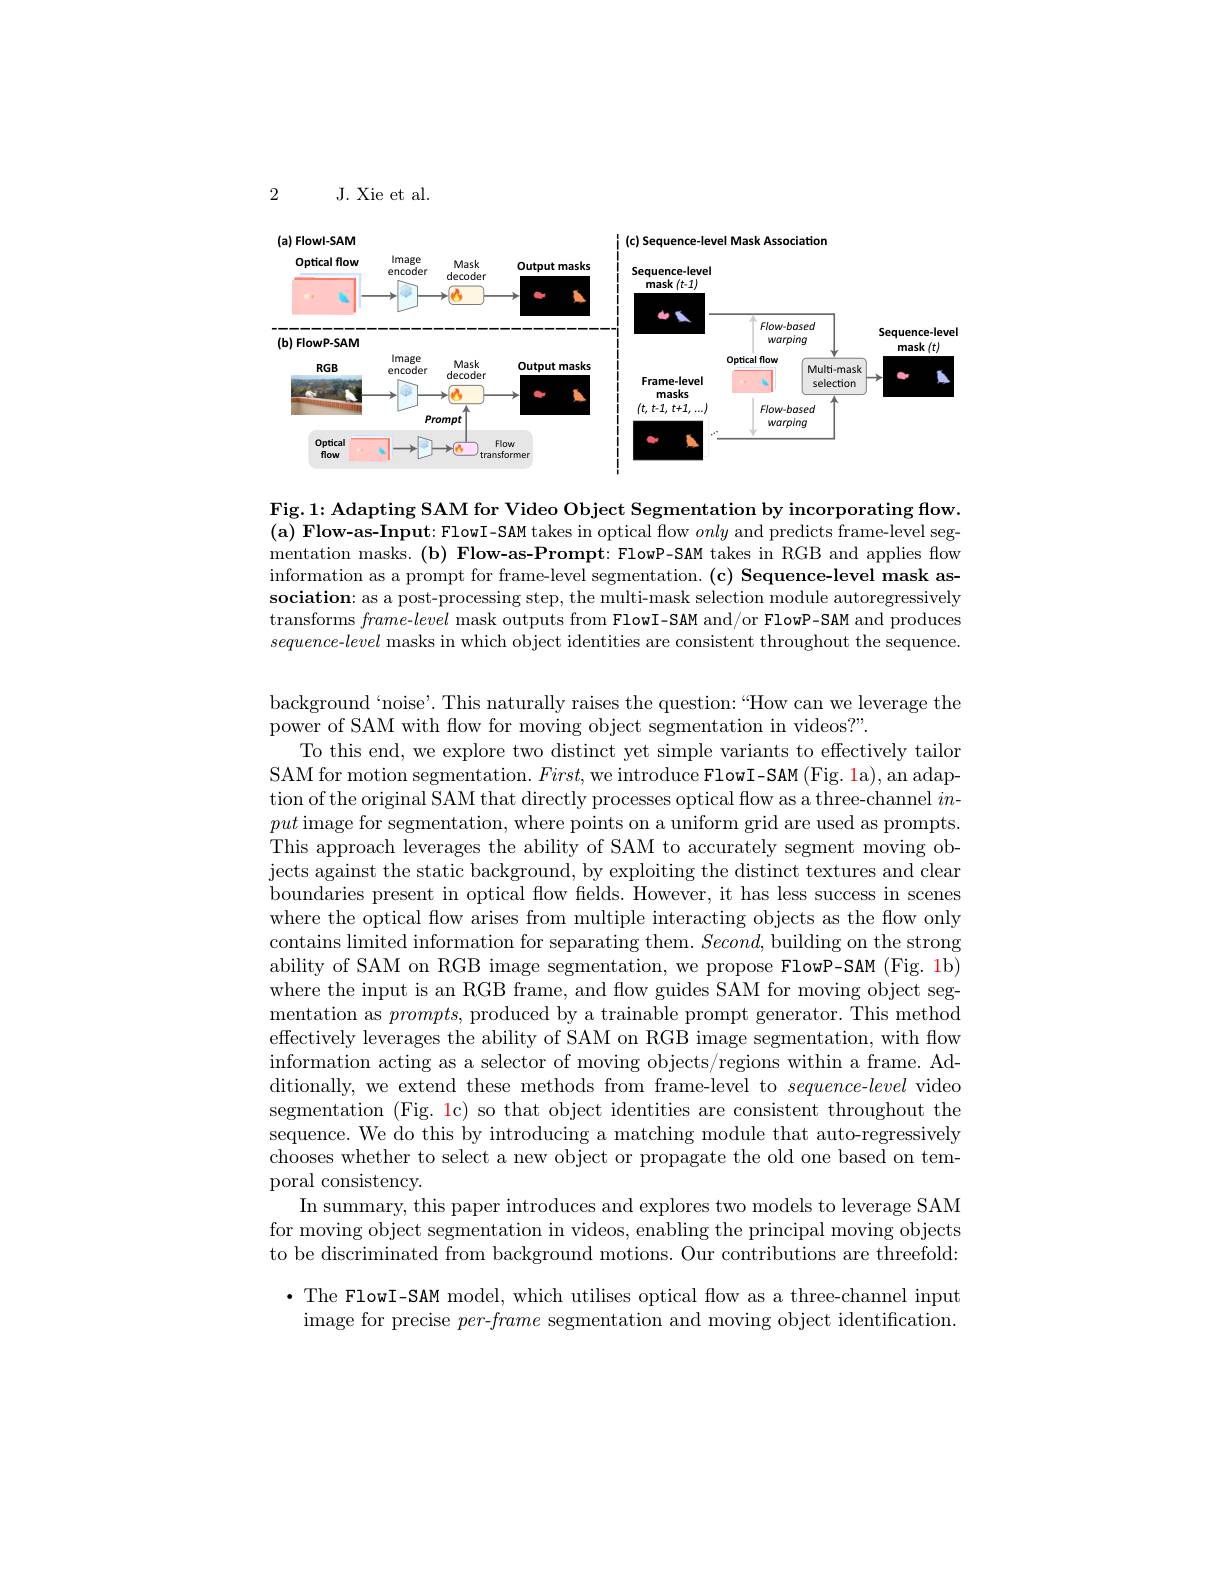
2

J. Xie et al.

<FigureHere>

Fig. 1: Adapting SAM for Video Object Segmentation by incorporating flow. (a) Flow-as-Input: FlowI-SAM takes in optical flow only and predicts frame-level segmentation masks.(b) Flow-as-Prompt: FlowP-SAM takes in RGB and applies flow information as a prompt for frame-level segmentation. (c) Sequence-level mask association: as a post-processing step, the multi-mask selection module autoregressively transforms frame-level mask outputs from FlowI-SAM and/or FlowP-SAM and produces $sequence-level$ masks in which object identities are consistent throughout the sequence.

background`noise'. This naturally raises the question:“How can we leverage the
power of SAM with flow for moving object segmentation in videos?".
To this end, we explore two distinct yet simple variants to effectively tailon SAM for motion segmentation. $First$,we introduce FlowI-SAM (Fig. 1a), an adaption of the original SAM that directly processes optical flow as a three-channel $in$- put image for segmentation, where points on a uniform grid are used as prompts. This approach leverages the ability of SAM to accurately segment moving objects against the static background, by exploiting the distinct textures and clear boundaries present in optical flow felds. However, it has less success in scenes where the optical flow arises from multiple interacting objects as the flow only contains limited information for separating them. $Second$, building on the strong ability of SAM on RGB image segmentation, we propose FlowP-SAM (Fig. 1b) where the input is an RGB frame, and flow guides SAM for moving object segmentation as $prompts$, produced by a trainable prompt generator. This method effectively leverages the ability of SAM on RGB image segmentation, with flow information acting as a selector of moving objects/regions within a frame. Additionally, we extend these methods from frame-level to $sequence-level$ video segmentation (Fig. 1c) so that object identities are consistent throughout the sequence. We do this by introducing a matching module that auto-regressively chooses whether to select a new object or propagate the old one based on temporal consistency.
In summary, this paper introduces and explores two models to leverage SAM for moving object segmentation in videos, enabling the principal moving objects to be discriminated from background motions. Our contributions are threefold: ·The FlowI-SAM model, which utilises optical flow as a three-channel input
image for precise per-frame segmentation and moving object identification.